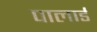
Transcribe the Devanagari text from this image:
पालार्ड